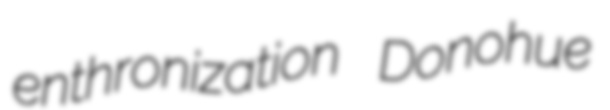
enthronization Donohue